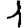
Digit: 1